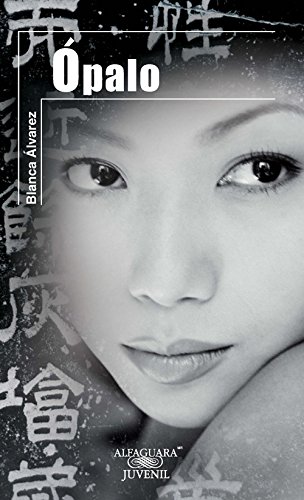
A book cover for ÃEpalo (Serie Roja) (Spanish Edition); Blanca ÃElvarez; Teen & Young Adult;